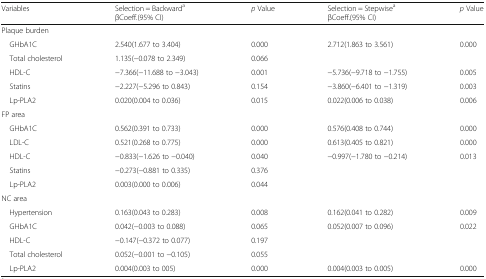
<table><thead><tr><td><b>Variables</b></td><td><b>Selection = Backward<sup>a</sup>βCoeff.(95% CI)</b></td><td><b><i>p</i> Value</b></td><td><b>Selection = Stepwise<sup>a</sup>βCoeff.(95% CI)</b></td><td><b><i>p</i> Value</b></td></tr></thead><tbody><tr><td colspan="5">Plaque burden</td></tr><tr><td> GHbA1C</td><td>2.540(1.677 to 3.404)</td><td>0.000</td><td>2.712(1.863 to 3.561)</td><td>0.000</td></tr><tr><td> Total cholesterol</td><td>1.135(−0.078 to 2.349)</td><td>0.066</td><td></td><td></td></tr><tr><td> HDL-C</td><td>−7.366(−11.688 to −3.043)</td><td>0.001</td><td>−5.736(−9.718 to −1.755)</td><td>0.005</td></tr><tr><td> Statins</td><td>−2.227(−5.296 to 0.843)</td><td>0.154</td><td>−3.860(−6.401 to −1.319)</td><td>0.003</td></tr><tr><td> Lp-PLA2</td><td>0.020(0.004 to 0.036)</td><td>0.015</td><td>0.022(0.006 to 0.038)</td><td>0.006</td></tr><tr><td colspan="5">FP area</td></tr><tr><td> GHbA1C</td><td>0.562(0.391 to 0.733)</td><td>0.000</td><td>0.576(0.408 to 0.744)</td><td>0.000</td></tr><tr><td> LDL-C</td><td>0.521(0.268 to 0.775)</td><td>0.000</td><td>0.613(0.405 to 0.821)</td><td>0.000</td></tr><tr><td> HDL-C</td><td>−0.833(−1.626 to −0.040)</td><td>0.040</td><td>−0.997(−1.780 to −0.214)</td><td>0.013</td></tr><tr><td> Statins</td><td>−0.273(−0.881 to 0.335)</td><td>0.376</td><td></td><td></td></tr><tr><td> Lp-PLA2</td><td>0.003(0.000 to 0.006)</td><td>0.044</td><td></td><td></td></tr><tr><td colspan="5">NC area</td></tr><tr><td> Hypertension</td><td>0.163(0.043 to 0.283)</td><td>0.008</td><td>0.162(0.041 to 0.282)</td><td>0.009</td></tr><tr><td> GHbA1C</td><td>0.042(−0.003 to 0.088)</td><td>0.065</td><td>0.052(0.007 to 0.096)</td><td>0.022</td></tr><tr><td> HDL-C</td><td>−0.147(−0.372 to 0.077)</td><td>0.197</td><td></td><td></td></tr><tr><td> Total cholesterol</td><td>0.052(−0.001 to −0.105)</td><td>0.055</td><td></td><td></td></tr><tr><td> Lp-PLA2</td><td>0.004(0.003 to 005)</td><td>0.000</td><td>0.004(0.003 to 0.005)</td><td>0.000</td></tr></tbody></table>